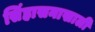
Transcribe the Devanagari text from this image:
सिंहासनाखाली